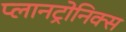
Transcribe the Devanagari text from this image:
प्लानट्रोनिक्स